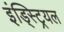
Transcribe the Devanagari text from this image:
इंड्स्ट्रियल